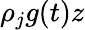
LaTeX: \rho_{j}g(t)z